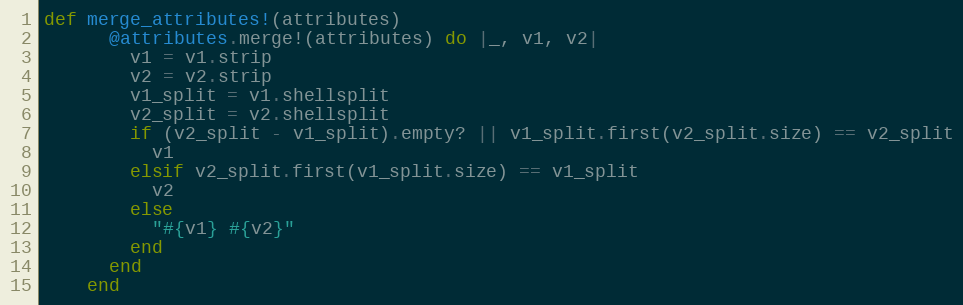
Language: Ruby
def merge_attributes!(attributes)
      @attributes.merge!(attributes) do |_, v1, v2|
        v1 = v1.strip
        v2 = v2.strip
        v1_split = v1.shellsplit
        v2_split = v2.shellsplit
        if (v2_split - v1_split).empty? || v1_split.first(v2_split.size) == v2_split
          v1
        elsif v2_split.first(v1_split.size) == v1_split
          v2
        else
          "#{v1} #{v2}"
        end
      end
    end